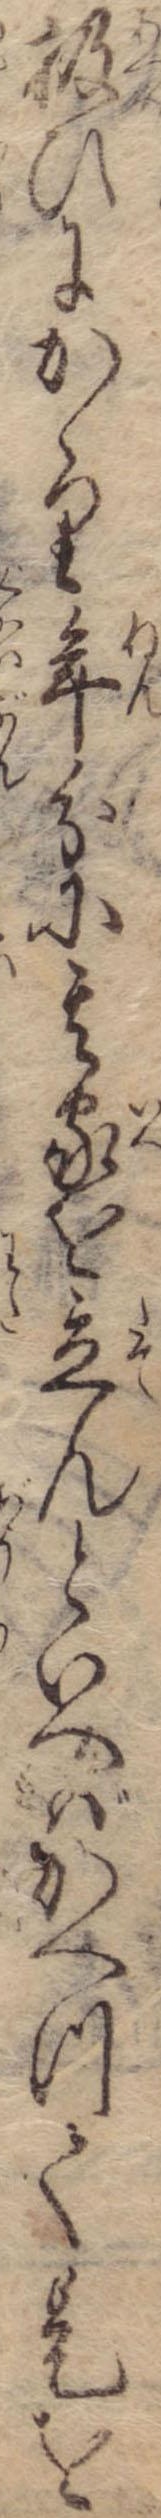
扱ひにかゝり年分に其家を立んといへばかへつて是を